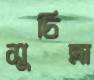
সুচিত্রা